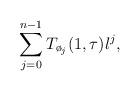
LaTeX: \begin{align*}\sum_{j=0}^{n-1}T_{\o_j}(1,\tau)\l^j,\end{align*}